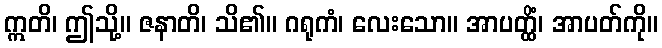
ဣတိ၊ ဤသို့။ ဇနာတိ၊ သိ၏။ ဂရုကံ၊ လေးသော။ အာပတ္ထိံ၊ အာပတ်ကို။